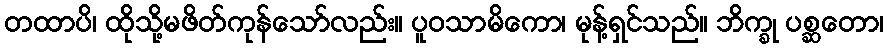
တထာပိ၊ ထိုသို့မဖိတ်ကုန်သော်လည်း။ ပူဝသာမိကော၊ မုန့်ရှင်သည်။ ဘိက္ခု ပစ္ဆတော၊